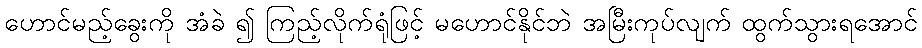
ဟောင်မည့်ခွေးကို အံခဲ ၍ ကြည့်လိုက်ရုံဖြင့် မဟောင်နိုင်ဘဲ အမြီးကုပ်လျက် ထွက်သွားရအောင်